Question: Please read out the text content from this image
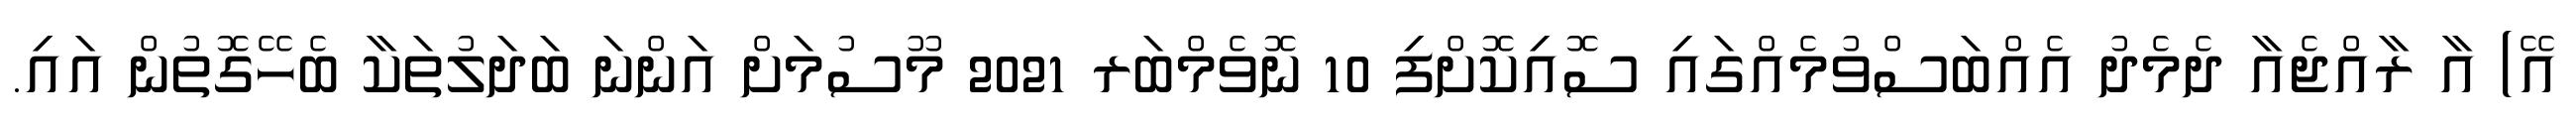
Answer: އޭ) އާ ރާއްޖެއާ ދެމެދު އެއްބަސްވުމެއްގައި ސޮއިކޮށްފި 10 ނޮވެމްބަރ 2021 މޫސުމަށް އަންނަ ބަދަލުތަކާ ބެހޭގޮތުން އައި.